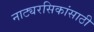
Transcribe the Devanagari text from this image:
नाट्यरसिकांसाठी